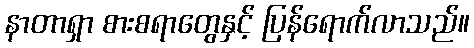
နာတာရှာ စားစရာတွေနှင့် ပြန်ရောက်လာသည်။